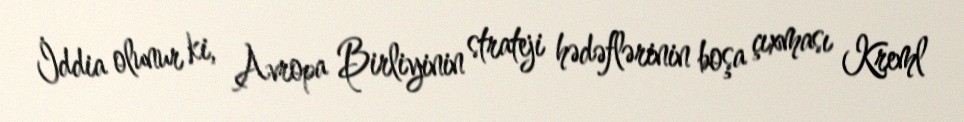
İddia olunur ki, Avropa Birliyinin strateji hədəflərinin boşa çıxması Kreml